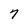
Character: 7